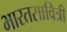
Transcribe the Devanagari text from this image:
भारतसावित्री